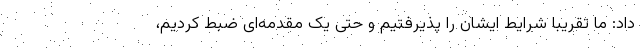
داد: ما تقریبا شرایط ایشان را پذیرفتیم و حتی یک مقدمه‌ای ضبط کردیم،